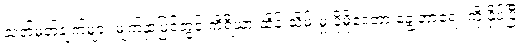
သတ်မှတ်ချက်များ မျက်နှာပြင်တွင် ကိရိယာ ထိန်းသိမ်းမှု ပိုမိုဒေတာ ချွေတာရေး ကို နှိပ်ပြီး